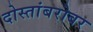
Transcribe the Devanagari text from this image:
दोस्तांबरोबर